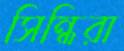
সিন্ধিরা